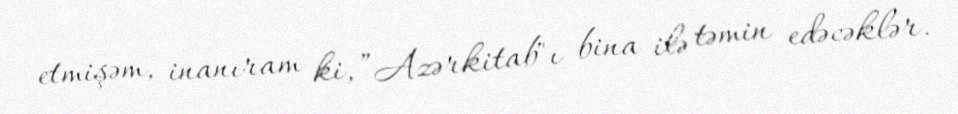
etmişəm, inanıram ki, ”Azərkitab"ı bina ilə təmin edəcəklər.